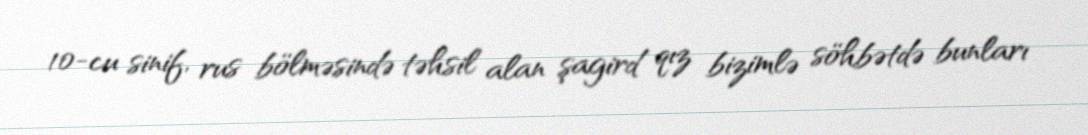
10-cu sinif, rus bölməsində təhsil alan şagird qız bizimlə söhbətdə bunları